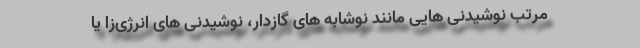
مرتب نوشیدنی هایی مانند نوشابه های گازدار، نوشیدنی های انرژی‌زا یا